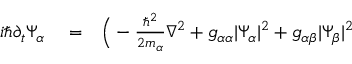
\begin{array} { r l r } { i \hbar \partial _ { t } \Psi _ { \alpha } } & { { } = } & { \Big ( - \frac { \hbar ^ { 2 } } { 2 m _ { \alpha } } \nabla ^ { 2 } + g _ { \alpha \alpha } | \Psi _ { \alpha } | ^ { 2 } + g _ { \alpha \beta } | \Psi _ { \beta } | ^ { 2 } } \end{array}